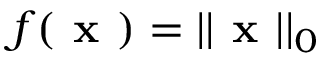
f ( \textbf { x } ) = | | \textbf { x } | | _ { 0 }